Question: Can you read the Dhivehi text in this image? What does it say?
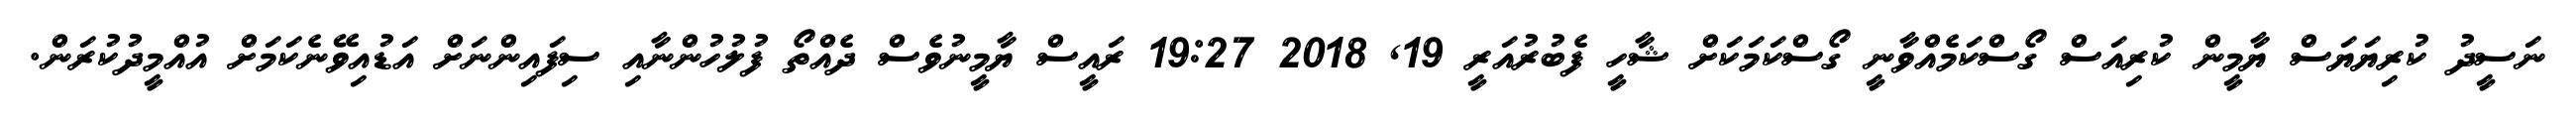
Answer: ނަސީދު ކުރިޔަޔަސް ޔާމީން ކުރިއަސް ގޯސްކަމެއްވާނީ ގޯސްކަމަކަށް ޝާހީ ފެބުރުއަރީ 19, 2018 19:27 ރައީސް ޔާމީނުވެސް ދެއްތޯ ފުލުހުންނާއި ސިފައިންނަށް އަޑުއިވޭނެކަމަށް އުއްމީދުކުރަން.